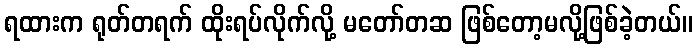
ရထားက ရုတ်တရက် ထိုးရပ်လိုက်လို့ မတော်တဆ ဖြစ်တော့မလို့ဖြစ်ခဲ့တယ်။